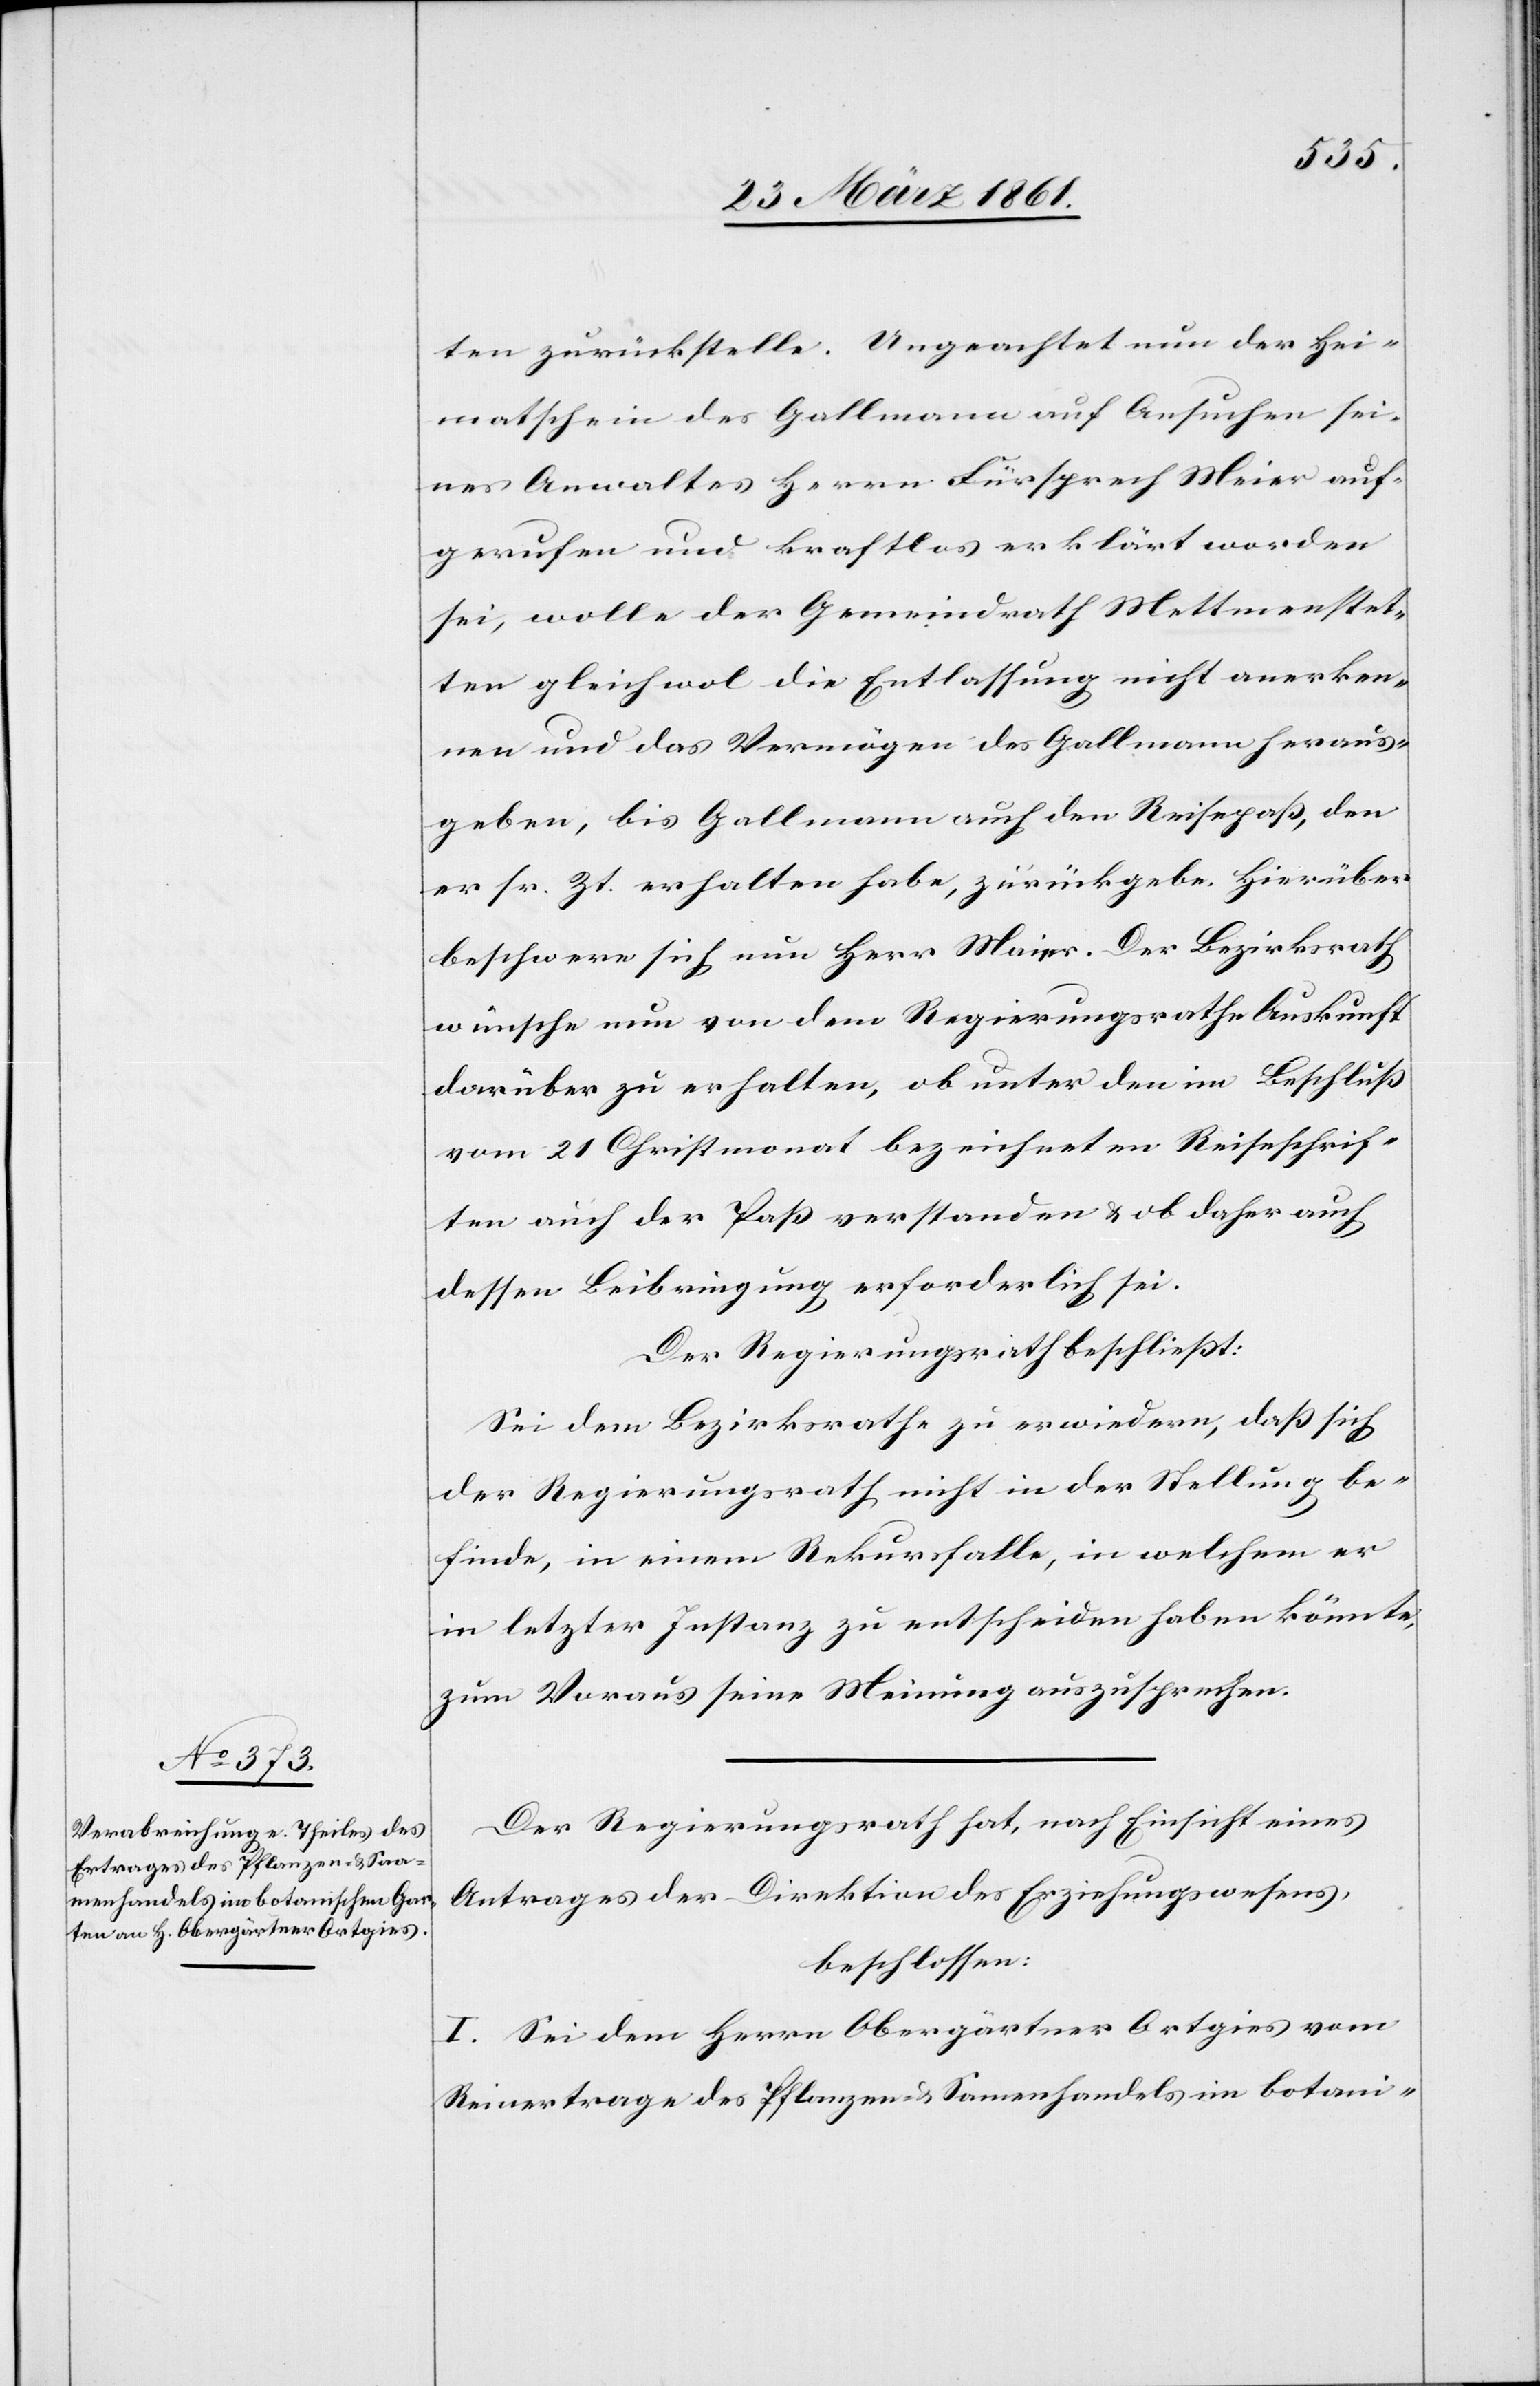
ten zurückstelle. Ungeachtet nun der Hei¬
matschein des Gallmann auf Ansuchen sei¬
nes Anwaltes Herrn Fürsprech Meier auf¬
gerufen und kraftlos erklärt worden
sei, wolle der Gemeindrath Mettmenstet¬
ten gleichwol die Entlassung nicht anerken¬
nen und das Vermögen des Gallmann heraus¬
geben, bis Gallmann auch den Reisepaß, den
er sr. Zt. erhalten habe, zurückgebe. Hierüber
beschwere sich nun Herr Maier. Der Bezirksrath
wünsche nun von dem Regierungsrathe Auskunft
darüber zu erhalten, ob unter den im Beschluß
vom 21. Christmonat bezeichneten Reiseschrif¬
ten auch der Pass verstanden u. ob daher auch
dessen Beibringung erforderlich sei.
Der Regierungsrath beschließt:
Sei dem Regierungsrathe zu erwiedern, daß sich
der Regierungsrath nicht in der Stellung be¬
finde, in einem Rekursfalle, in welchem er
in letzter Instanz zu entscheiden haben könnte,
zum Voraus seine Meinung auszusprechen.
Der Regierungsrath hat, nach Einsicht eines
Antrages der Direktion des Erziehungswesens,
beschlossen:
I. Sei Dem Herrn Obergärtner Ortgies vom
Reinertrage des Pflanzen- u. Samenhandels im botani-